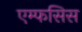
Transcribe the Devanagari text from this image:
एम्फसिस